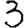
Digit: 3